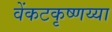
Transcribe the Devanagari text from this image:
वेंकटकृष्णय्या